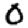
Digit: 0